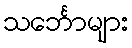
သင်္ဘောများ